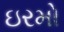
ઇરમો